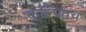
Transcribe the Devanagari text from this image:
कल्पितच